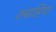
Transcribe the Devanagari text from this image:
तबाहियां